system: You are a helpful assistant.
user:
Analyze the provided spectrum to determine if it is a **"Cataclysmic Variables (CV)"**.

- **Key Indicators for CV (Check for either state):**
    - **State 1: Quiescent / Low-State (Emission-Dominated)**
        - **(Primary):** Strong and *very broad* Hydrogen Balmer emission lines (e.g., $H\alpha$ at 6563 Å, $H\beta$ at 4861 Å). The 'broadness' (high velocity dispersion, often FWHM > 1000 km/s) is the key diagnostic, indicating a high-velocity accretion disk.
        - **(Secondary):** Broad neutral Helium (He I) emission lines (e.g., 5876 Å, 6678 Å).
        - **(Key Confirmation):** Presence of high-excitation *ionized* Helium (He II) emission at 4686 Å. This is a strong indicator of accretion onto a white dwarf.
        - **(Line Profile):** Emission lines may exhibit a 'double-peaked' profile, which is a classic signature of a rotating accretion disk viewed at high inclination.

    - **State 2: Outburst / High-State (Absorption-Dominated)**
        - **(Primary):** Spectrum is dominated by a bright, blue continuum (looks like a hot star).
        - **(Secondary):** The emission lines from State 1 are weak, absent, or 'filled in', and are replaced by broad, shallow *absorption* lines (primarily Balmer and He I).
        - **(Morphology):** The overall spectrum mimics a hot B/A-type star. The crucial difference is that the absorption lines are significantly broader, shallower, and more 'washed-out' (or 'smeared') than the sharp lines of a normal stellar photosphere, due to high rotational speeds and pressure broadening in the disk.

Think first, call **spectral_visualization_tool** if needed to examine features in detail, then provide your final answer. Your response must adhere to the following strict rules:
1.  **Overall Structure:** Your response must follow the format `<think>...</think> <tool_call>...</tool_call> (if a tool is used) <answer>...</answer>`.
2.  **Tool Usage Constraint:** You may only make **one** tool call per turn.
3.  **Final Answer Format:** In the `<answer>` tag, your conclusion must be inside a `\boxed{}` command (e.g., `\boxed{YES}`), followed by your justification.

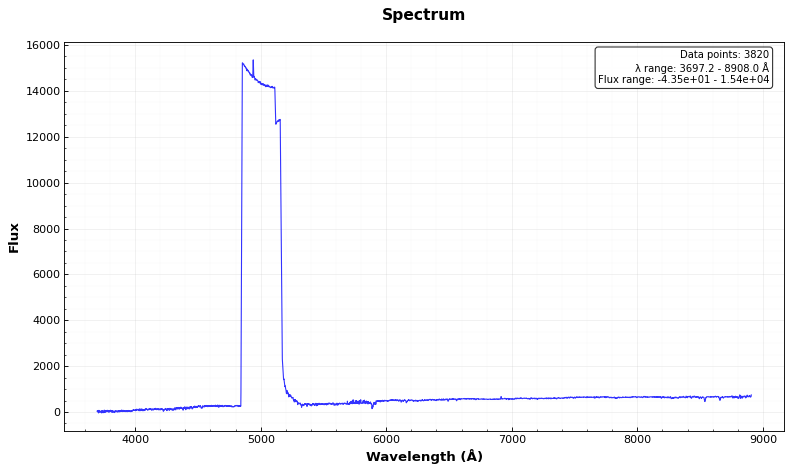
Answer: NO